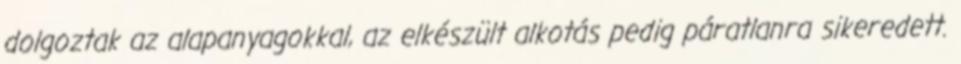
dolgoztak az alapanyagokkal, az elkészült alkotás pedig páratlanra sikeredett.